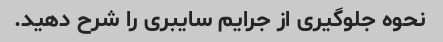
نحوه جلوگیری از جرایم سایبری را شرح دهید.